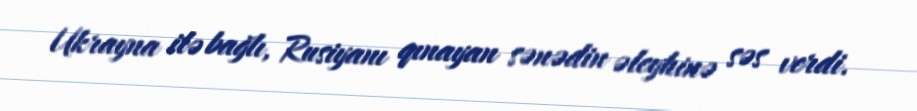
Ukrayna ilə bağlı, Rusiyanı qınayan sənədin əleyhinə səs verdi.